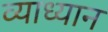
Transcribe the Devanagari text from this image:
व्याध्यान